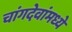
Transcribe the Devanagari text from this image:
चांगदेवांमध्ये